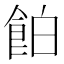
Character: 𩛇